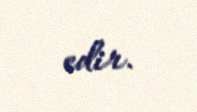
edir.